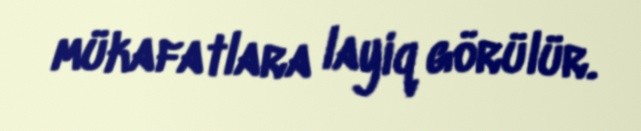
mükafatlara layiq görülür.